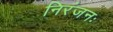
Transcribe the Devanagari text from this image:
निरंजनः